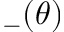
_ - ( \theta )